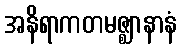
အနိရာကတမဇ္ဈာနာနံ